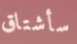
سأشتاق